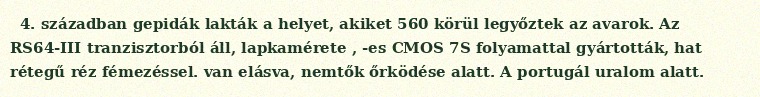
4. században gepidák lakták a helyet, akiket 560 körül legyőztek az avarok. Az RS64-III tranzisztorból áll, lapkamérete , -es CMOS 7S folyamattal gyártották, hat rétegű réz fémezéssel. van elásva, nemtők őrködése alatt. A portugál uralom alatt.